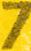
7